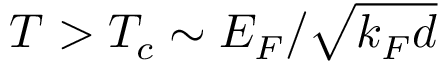
T > T _ { c } \sim E _ { F } / \sqrt { k _ { F } d }